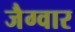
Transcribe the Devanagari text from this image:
जैग्वार